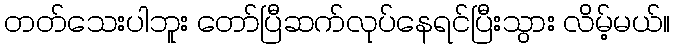
တတ်သေးပါဘူး တော်ပြီဆက်လုပ်နေရင်ပြီးသွား လိမ့်မယ်။